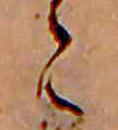
ゝ